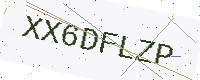
Text: XX6DFLZP